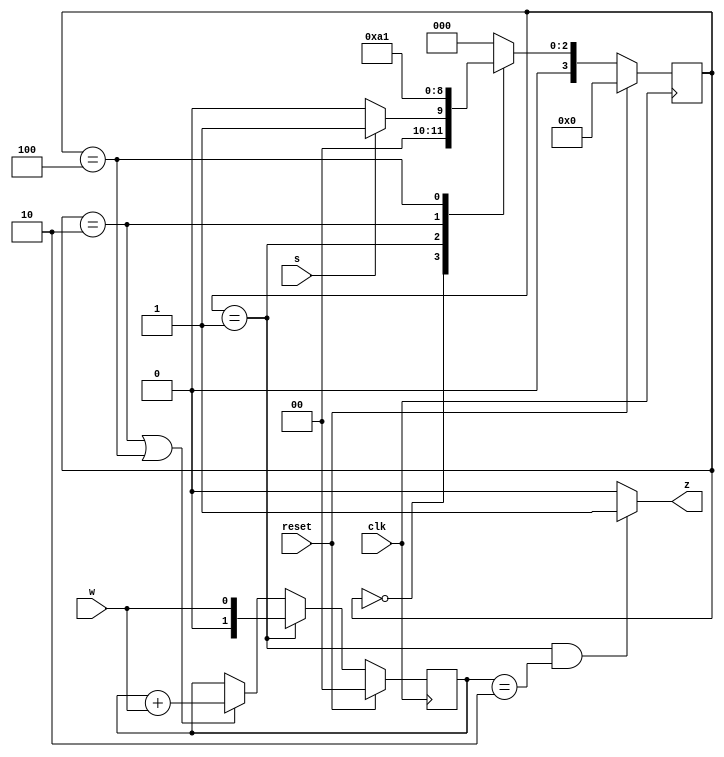
module top_module (
    input clk,
    input reset,   // Synchronous reset
    input s,
    input w,
    output z
);
    
    reg [3 : 0] curr_state;
    reg [3 : 0] next_state;

    wire        w_shft_ena;
    reg [1 : 0] w_cntr;
    localparam A  = 4'd0;
    localparam B  = 4'd1;
    localparam B1 = 4'd2;
    localparam B2 = 4'd4;

    // State transition logic (combinational)
    always @(*) 
    begin
        case(curr_state)
            A : next_state = s ? B : A;
            B : next_state = B1;
            B1: next_state = B2;
            B2: next_state = B;
          default: next_state = A;
        endcase
    end

    // State flip-flops (sequential)
    always @(posedge clk ) begin
        if(reset)
            curr_state <= A;
        else begin
            curr_state <= next_state;
        end  
    end

    always @(posedge clk ) begin
        if(reset)
            w_cntr <= 2'b0;
        else if(curr_state == B)begin
            w_cntr <= w;
        end
        else if(curr_state == B1 || curr_state == B2)begin
            w_cntr <= w_cntr + w;
        end
    end

    assign  z = (curr_state == B && w_cntr == 2) ? 1'b1 : 1'b0;

endmodule